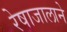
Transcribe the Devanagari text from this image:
रेषाजालाने